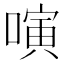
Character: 𠻤